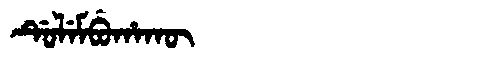
Manchu: ᡩᡠᠯᡝᠮᠪᡠᡥᠠᡴᡡ
Romanization: DULEMBUHAKŪ